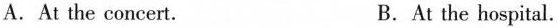
A.At the concert. B.At the hospital.